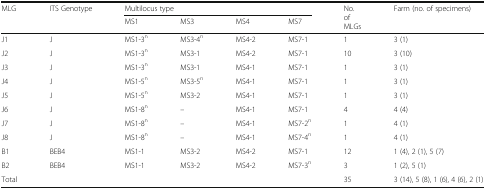
<table><thead><tr><td rowspan="2"><b>MLG</b></td><td rowspan="2"><b>ITS Genotype</b></td><td colspan="4"><b>Multilocus type</b></td><td rowspan="2"><b>No. of MLGs</b></td><td rowspan="2"><b>Farm (no. of specimens)</b></td></tr><tr><td><b>MS1</b></td><td><b>MS3</b></td><td><b>MS4</b></td><td><b>MS7</b></td></tr></thead><tbody><tr><td>J1</td><td>J</td><td>MS1-3<sup>n</sup></td><td>MS3-4<sup>n</sup></td><td>MS4-2</td><td>MS7-1</td><td>1</td><td>3 (1)</td></tr><tr><td>J2</td><td>J</td><td>MS1-3<sup>n</sup></td><td>MS3-1</td><td>MS4-2</td><td>MS7-1</td><td>10</td><td>3 (10)</td></tr><tr><td>J3</td><td>J</td><td>MS1-3<sup>n</sup></td><td>MS3-1</td><td>MS4-1</td><td>MS7-1</td><td>1</td><td>3 (1)</td></tr><tr><td>J4</td><td>J</td><td>MS1-5<sup>n</sup></td><td>MS3-5<sup>n</sup></td><td>MS4-1</td><td>MS7-1</td><td>1</td><td>3 (1)</td></tr><tr><td>J5</td><td>J</td><td>MS1-5<sup>n</sup></td><td>MS3-2</td><td>MS4-1</td><td>MS7-1</td><td>1</td><td>3 (1)</td></tr><tr><td>J6</td><td>J</td><td>MS1-8<sup>n</sup></td><td>–</td><td>MS4-1</td><td>MS7-1</td><td>4</td><td>4 (4)</td></tr><tr><td>J7</td><td>J</td><td>MS1-8<sup>n</sup></td><td>–</td><td>MS4-1</td><td>MS7-2<sup>n</sup></td><td>1</td><td>4 (1)</td></tr><tr><td>J8</td><td>J</td><td>MS1-8<sup>n</sup></td><td>–</td><td>MS4-1</td><td>MS7-4<sup>n</sup></td><td>1</td><td>4 (1)</td></tr><tr><td>B1</td><td>BEB4</td><td>MS1-1</td><td>MS3-2</td><td>MS4-2</td><td>MS7-1</td><td>12</td><td>1 (4), 2 (1), 5 (7)</td></tr><tr><td>B2</td><td>BEB4</td><td>MS1-1</td><td>MS3-2</td><td>MS4-2</td><td>MS7-3<sup>n</sup></td><td>3</td><td>1 (2), 5 (1)</td></tr><tr><td>Total</td><td>[EMPTY_CELL]</td><td>[EMPTY_CELL]</td><td>[EMPTY_CELL]</td><td>[EMPTY_CELL]</td><td>[EMPTY_CELL]</td><td>35</td><td>3 (14), 5 (8), 1 (6), 4 (6), 2 (1)</td></tr></tbody></table>